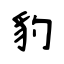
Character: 豹